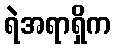
ရဲအရာရှိက